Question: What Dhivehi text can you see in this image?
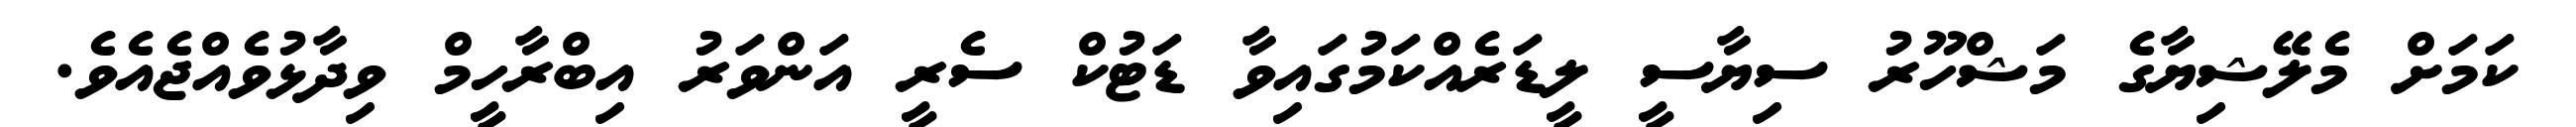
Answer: ކަމަށް މެލޭޝިޔާގެ މަޝްހޫރު ސިޔާސީ ލީޑަރެއްކަމުގައިވާ ޑަޓުކް ސެރީ އަންވަރު އިބްރާހީމް ވިދާޅުވެއްޖެއެވެ.